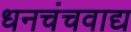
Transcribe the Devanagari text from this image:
धनचंचवाद्य